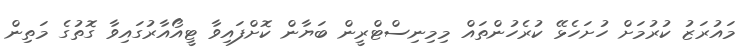
މައުރަޒު ކުރުމަށް ހުށަހެޅޭ ކުރެހުންތައް މިމިނިސްޓްރީން ބަޔާން ކޮށްފައިވާ ޓީއޯއާރުގައިވާ ގޮތުގެ މަތިން